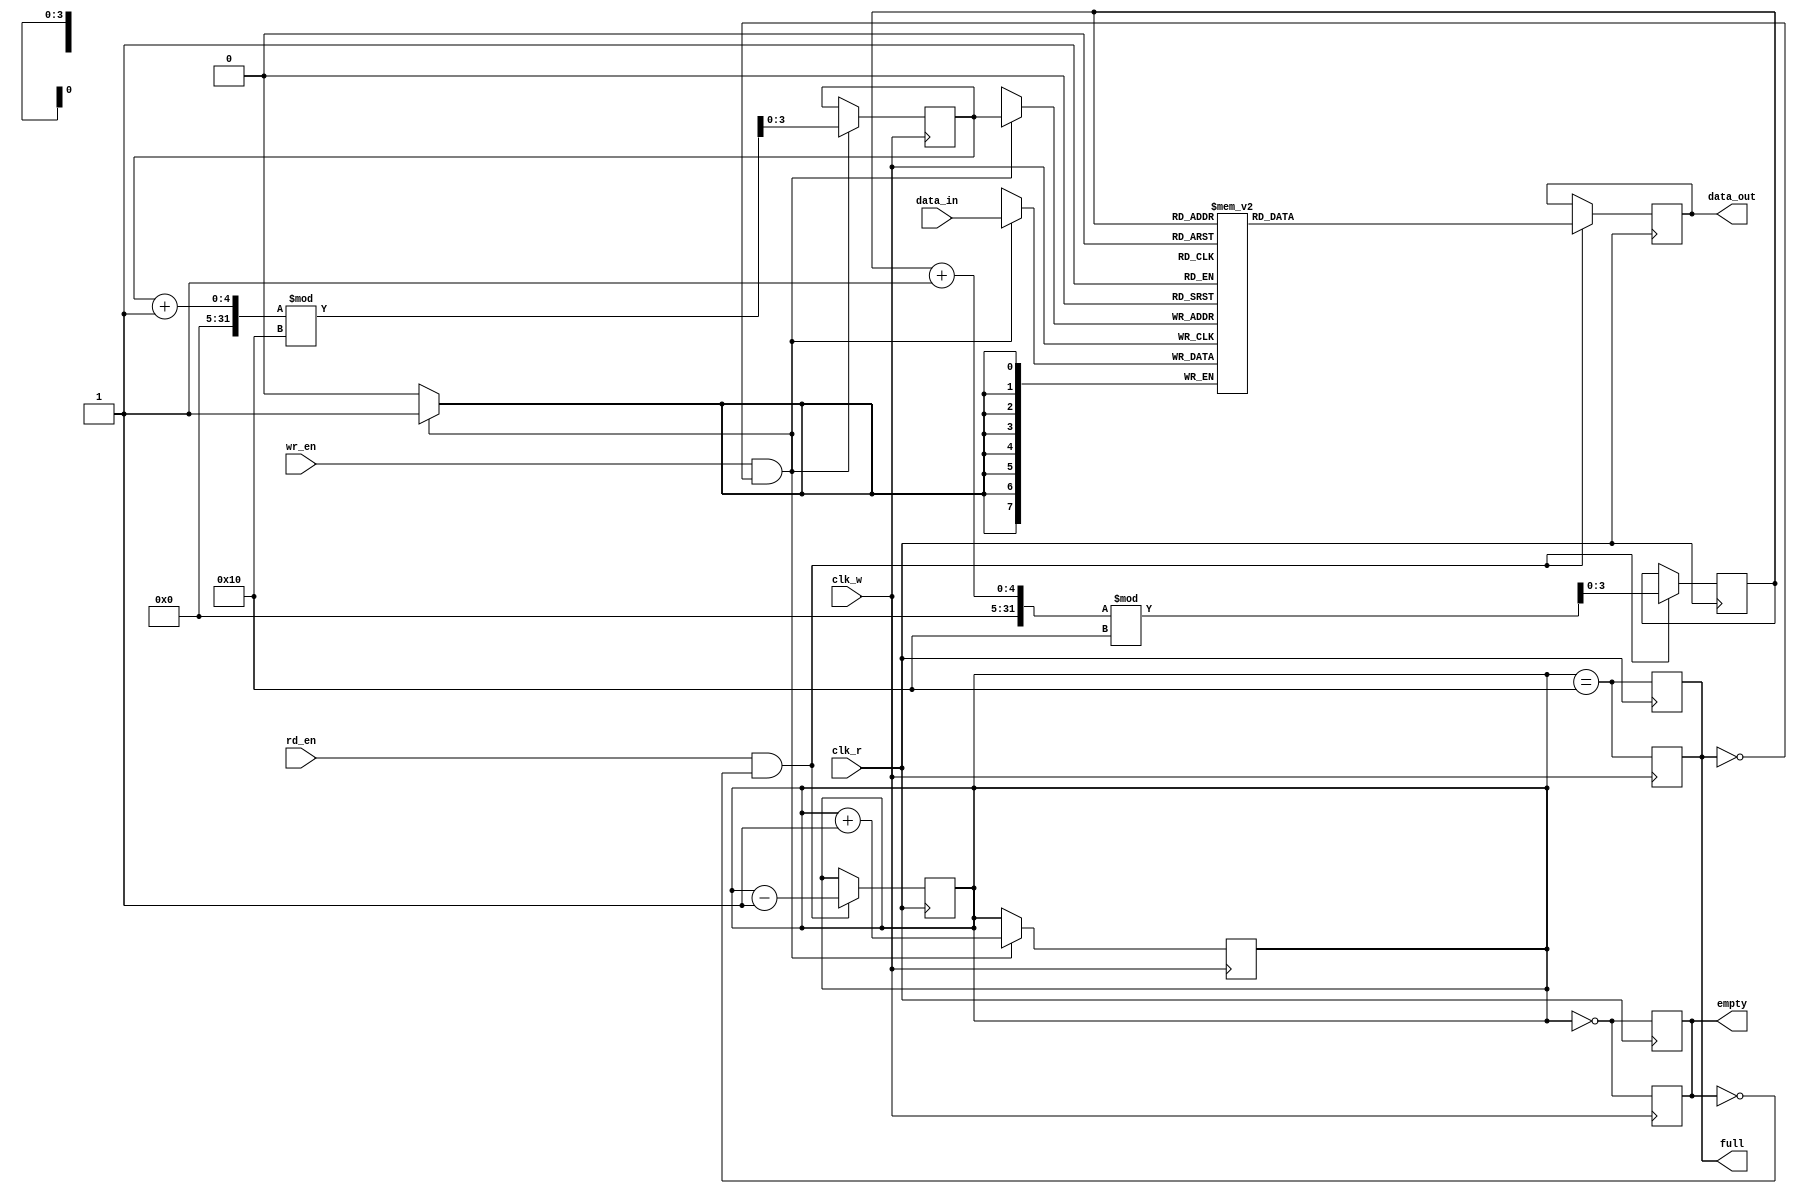
module fifo_sram #(
    parameter DATA_WIDTH = 8,  // Width of each data word
    parameter DEPTH = 16        // Depth of the FIFO (must be a power of 2)
)(
    input wire clk_w,           // Write clock
    input wire clk_r,           // Read clock
    input wire wr_en,           // Write enable
    input wire rd_en,           // Read enable
    input wire [DATA_WIDTH-1:0] data_in, // Data input
    output reg [DATA_WIDTH-1:0] data_out, // Data output
    output reg full,            // Full flag
    output reg empty            // Empty flag
);

    // Internal storage array
    reg [DATA_WIDTH-1:0] fifo_array [0:DEPTH-1];

    // Write and read pointers
    reg [$clog2(DEPTH)-1:0] wr_ptr;
    reg [$clog2(DEPTH)-1:0] rd_ptr;
    reg [DEPTH:0] count; // To track the number of items in the FIFO

    // Initialize pointers and flags
    initial begin
        wr_ptr = 0;
        rd_ptr = 0;
        count = 0;
        full = 0;
        empty = 1;
    end

    // Write operation
    always @(posedge clk_w) begin
        if (wr_en && !full) begin
            fifo_array[wr_ptr] <= data_in; // Write data to FIFO
            wr_ptr <= (wr_ptr + 1) % DEPTH; // Increment write pointer
            count <= count + 1; // Increment item count
        end
        // Update full and empty flags
        full <= (count == DEPTH);
        empty <= (count == 0);
    end

    // Read operation
    always @(posedge clk_r) begin
        if (rd_en && !empty) begin
            data_out <= fifo_array[rd_ptr]; // Read data from FIFO
            rd_ptr <= (rd_ptr + 1) % DEPTH; // Increment read pointer
            count <= count - 1; // Decrement item count
        end
        // Update full and empty flags
        full <= (count == DEPTH);
        empty <= (count == 0);
    end

endmodule